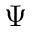
\Psi